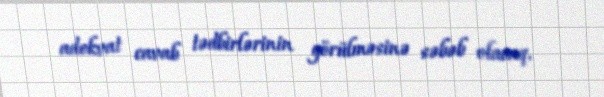
adekvat cavab tədbirlərinin görülməsinə səbəb olacaq.